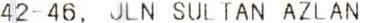
42-46, JLN SULTAN AZLAN